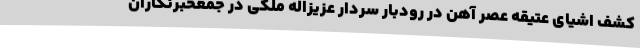
کشف اشیای عتیقه عصر آهن در رودبار سردار عزیزاله ملکی در جمعخبرنگاران